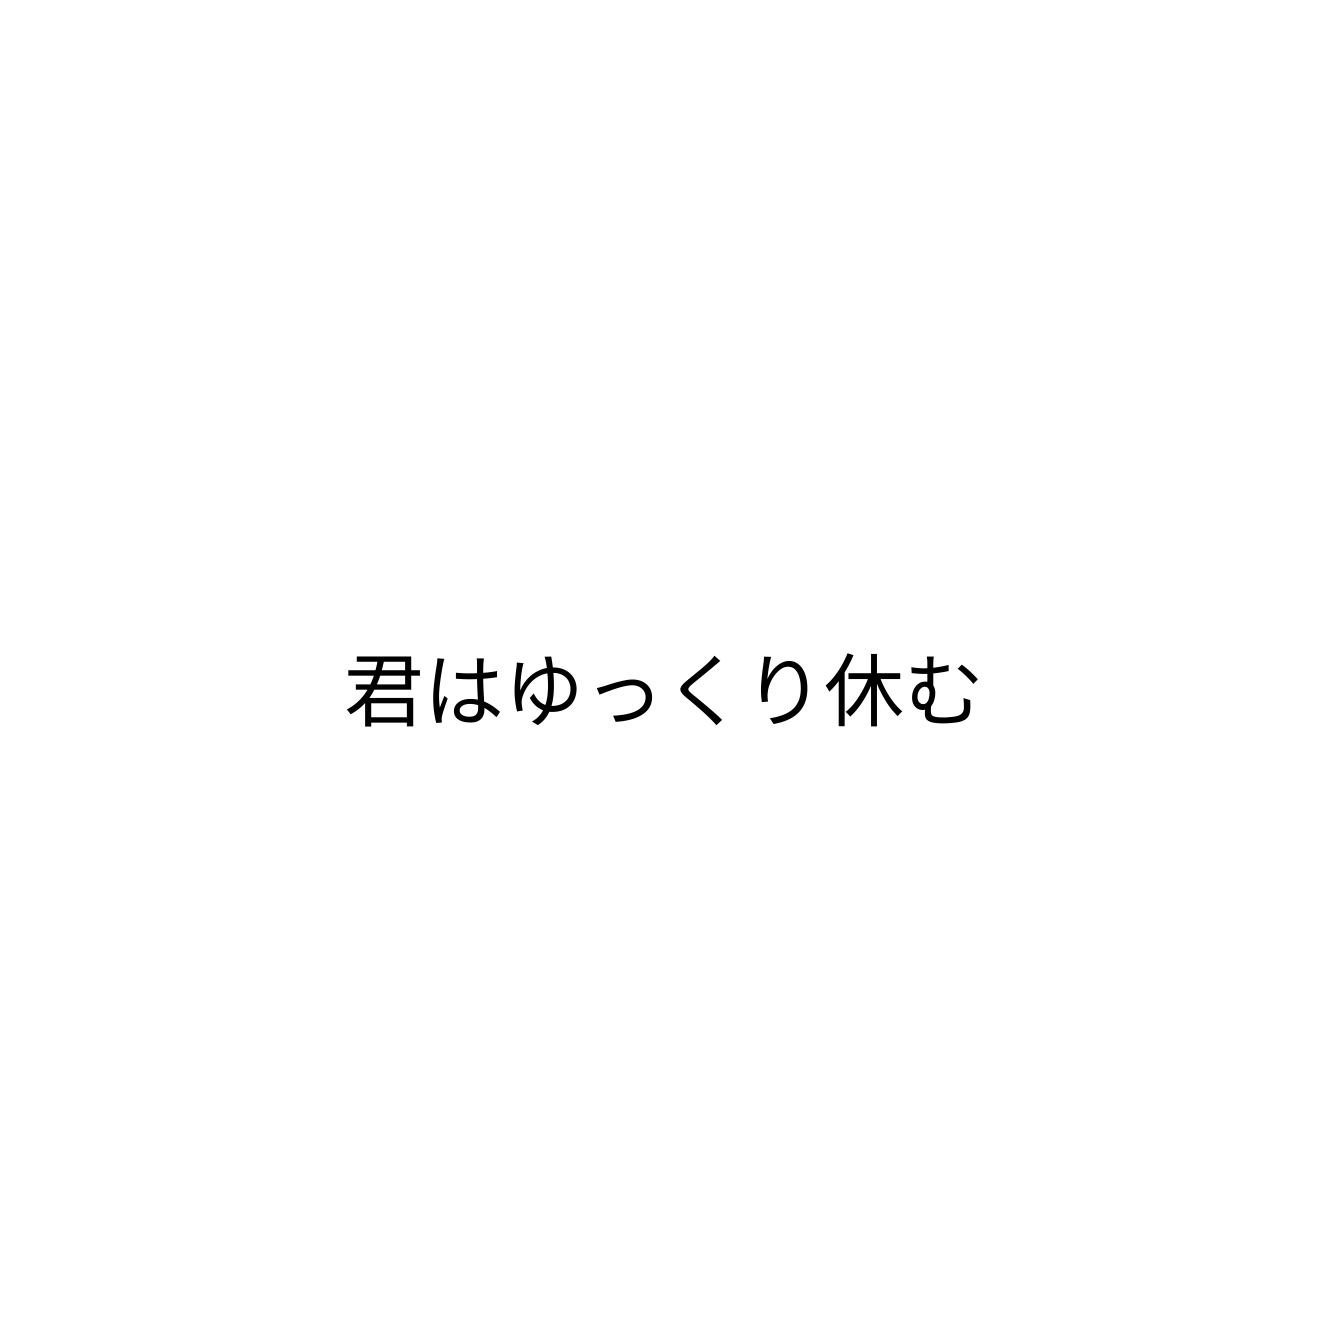
君はゆっくり休む